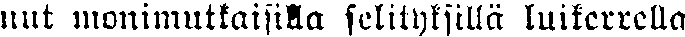
nut monimutkaisilla selityksillä luikerrella